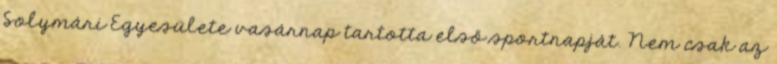
Solymári Egyesülete vasárnap tartotta első sportnapját. Nem csak az